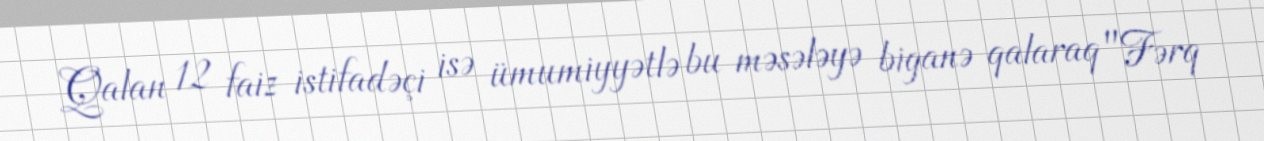
Qalan 12 faiz istifadəçi isə ümumiyyətlə bu məsələyə biganə qalaraq "Fərq